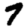
Digit: 7